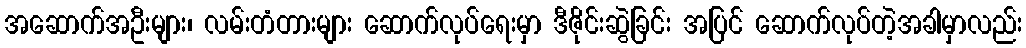
အဆောက်အဦးများ၊ လမ်းတံတားများ ဆောက်လုပ်ရေးမှာ ဒီဇိုင်းဆွဲခြင်း အပြင် ဆောက်လုပ်တဲ့အခါမှာလည်း